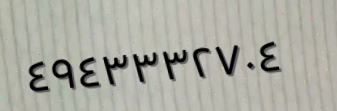
٤٩٤٣٣٣٢٧٠٤